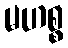
မဟစ္စ